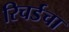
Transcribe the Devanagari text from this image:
रिचर्डचा